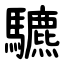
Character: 䮽